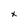
Character: x